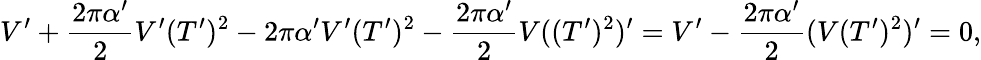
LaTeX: V^{\prime}+\frac{2\pi\alpha^{\prime}}{2}V^{\prime}(T^{\prime})^{2}-2\pi\alpha^{\prime}V^{\prime}(T^{\prime})^{2}-\frac{2\pi\alpha^{\prime}}{2}V((T^{\prime})^{2})^{\prime}=V^{\prime}-\frac{2\pi\alpha^{\prime}}{2}(V(T^{\prime})^{2})^{\prime}=0,